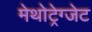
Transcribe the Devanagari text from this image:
मेथोट्रेग्जेट